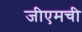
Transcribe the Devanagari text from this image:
जीएमची